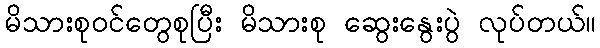
မိသားစုဝင်တွေစုပြီး မိသားစု ဆွေးနွေးပွဲ လုပ်တယ်။